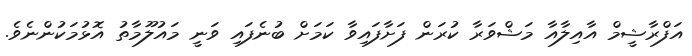
އަފްރާޝީމް އާއިލާއާ މަޝްވަރާ ކުރަން ފަށާފައިވާ ކަމަށް ބުނެފައި ވަނީ މައުލޫމާތު އޮޅުމަކުންނެވެ.